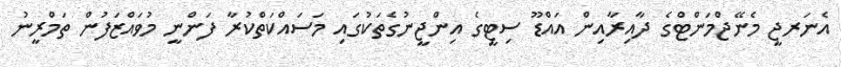
އެނަރޖީ މެނޭޖްމަންޓްގެ ދާއިރާއިން އައްޑޫ ސިޓީގެ އިންޖީނުގެތަކުގައި މަސައްކަތްކުރާ ފަންނީ މުވައްޒަފުން ތަމްރީނު